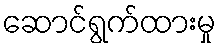
ဆောင်ရွက်ထားမှု